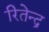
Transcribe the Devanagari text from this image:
रितेन्द्र